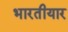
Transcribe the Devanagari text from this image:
भारतीयार